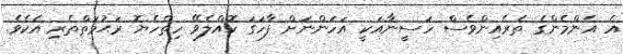
އެ އެންމެންގެ ތެރެއިންވެސް ހަސީނާއަކީ އަހަންނަށް ފާހަގަ ކޮއްލެވޭ ހިތްހެޔޮ ރަޙުމަތްތެރި އެކެވެ.